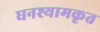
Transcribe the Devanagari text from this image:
घनश्यामकृत